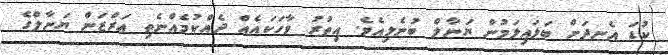
ކުޑަ އެނދަށް ބަލައިލަމުން ޔަނާލް ބުނެލިއެވެ. އިތުރު ވާހަކައެއް ދެއްކުމެއްނެތި އަރްޒަން ޔަނާލްގެ